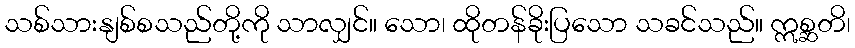
သစ်သားနျစ်စသည်တို့ကို သာလျှင်။ သော၊ ထိုတန်ခိုးပြသော သခင်သည်။ ဣစ္ဆတိ၊